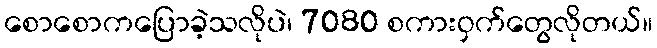
စောစောကပြောခဲ့သလိုပဲ၊ 7080 စကားဝှက်တွေလိုတယ်။